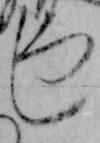
し